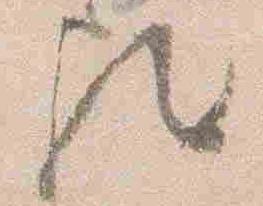
歟